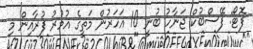
ފޮޓޯ: ފޭސްބުކް ޖަނާހު ބުނީ 10 އަހަރުން މަތީގެ އުމުރު ފުރާއިން މި